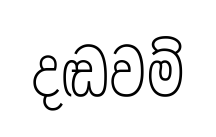
දඬවම්